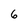
Character: 6